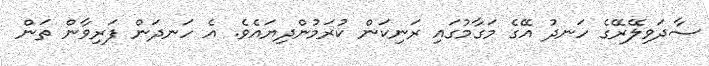
ސާދަވިލޭރޭގެ ހަނދު އޭގެ މަގާމުގައި ރަނިކަން ކުރަމުންދިޔައެވެ. އެ ހަނދަން ފަރިވާން ތަން